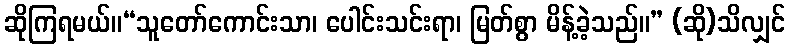
ဆိုကြရမယ်။“သူတော်ကောင်းသာ၊ ပေါင်းသင်းရာ၊ မြတ်စွာ မိန့်ခဲ့သည်။” (ဆို)သိလျှင်